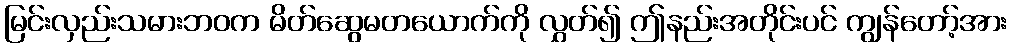
မြင်းလှည်းသမားဘဝက မိတ်ဆွေမတယောက်ကို လွှတ်၍ ဤနည်းအတိုင်းပင် ကျွန်တော့်အား